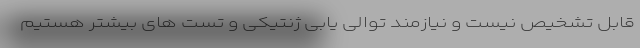
قابل تشخیص نیست و نیازمند توالی یابی ژنتیکی و تست های بیشتر هستیم